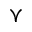
\curlyvee